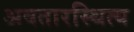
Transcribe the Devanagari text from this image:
अवतारस्थित्य